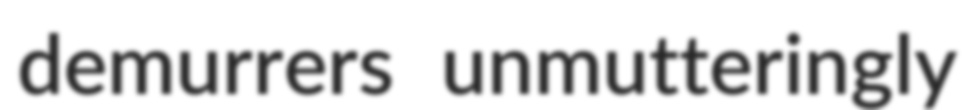
demurrers unmutteringly